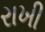
રાખી